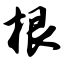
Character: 根